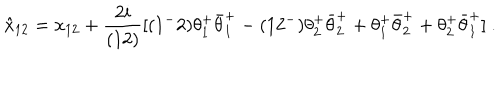
\hat { x } _ { 1 2 } = x _ { 1 2 } + { \frac { 2 i } { ( 1 2 ) } } [ ( 1 ^ { - } 2 ) \theta _ { 1 } ^ { + } \bar { \theta } _ { 1 } ^ { + } - ( 1 2 ^ { - } ) \theta _ { 2 } ^ { + } \bar { \theta } _ { 2 } ^ { + } + \theta _ { 1 } ^ { + } \bar { \theta } _ { 2 } ^ { + } + \theta _ { 2 } ^ { + } \bar { \theta } _ { 1 } ^ { + } ] \ .